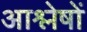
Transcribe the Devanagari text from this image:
आश्लेषों